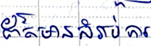
ព័ត៌មានសម្រាប់ការ